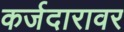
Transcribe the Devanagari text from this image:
कर्जदारावर